Report of the Bombay Plague Committee
Disease focus: Plague
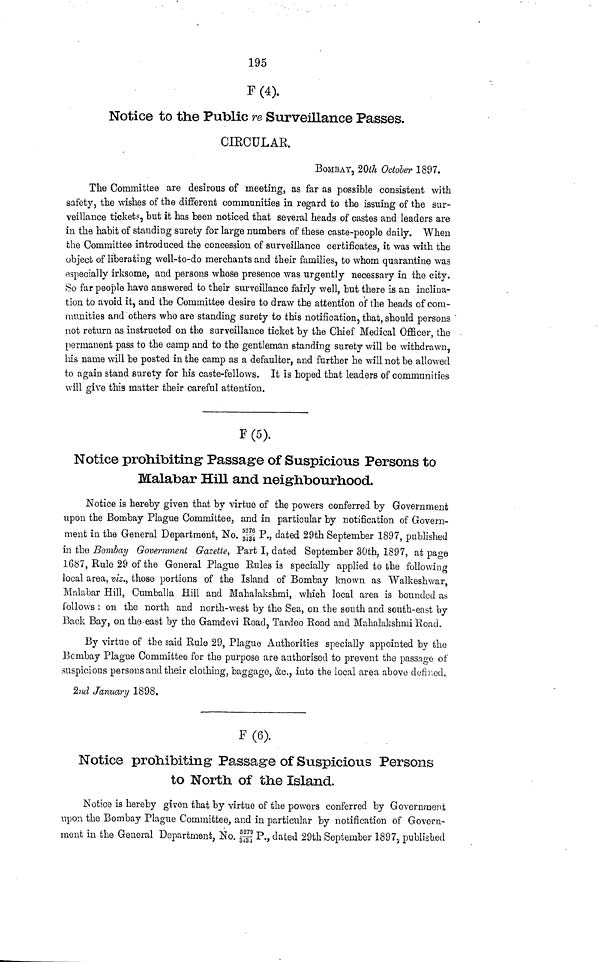
195
F(4).
Notice to the Public re Surveillance Passes.
CIRCULAR.
BOMBAY, 20th October 1897.
The Committee are desirous of meeting, as far as possible consistent with
safety, the wishes of the different communities in regard to the issuing of the sur-
veillance tickets, but it has been noticed that several heads of castes and leaders are
in the habit of standing surety for large numbers of these caste-people daily. When
the Committee introduced the concession of surveillance certificates, it was with the
object of liberating well-to-do merchants and their families, to whom quarantine was
especially irksome, and persons whose presence was urgently necessary in the city.
Oo far people have answered to their surveillance fairly well, but there is an inclina-
tion to avoid it, and the Committee desire to draw the attention of the heads of com-
munities and others who are standing surety to this notification, that, should persons
not return as instructed on the surveillance ticket by the Chief Medical Officer, the
permanent pass to the camp and to the gentleman standing surety will be withdrawn,
his name will be posted in the camp as a defaulter, and further he will not be allowed
to again stand surety for his caste-fellows. It is hoped that leaders of communities
will give this matter their careful attention.
F(6).
Notice prohibiting Passage of Suspicious Persons to
Malabar Hill and neighbourhood.
Notice is hereby given that by virtue of the powers conferred by Government
upon the Bombay Plague Committee, and in particular by notification of Govern-
ment in the General Department, No.5276/3434 P., dated 29th September 1897, published
in the Bombay Government Gazette, Part I, dated September 30th, 1897, at page
1687, Rule 29 of the General Plague Kules is specially applied to the following
local area, viz., those portions of the Island of Bombay known as Walkeshwar,
Malabar Hill, Cumballa Hill and Mahalakshmi, which local area is bounded as
follows : on the north and north-west by the Sea, on the south and south-east by
Back Bay, on the·east by the Gamdevi Road, Tardeo Road and Mahalakshmi Road.
By virtue of the said Rule 29, Plague Authorities specially appointed by the
Bombay Plague Committee for the purpose are authorised to prevent the passage- of
suspicious persons and their clothing, baggage, &c., into the local area above defined,
2nd January 1898.
F(6).
Notice prohibiting Passage of Suspicious Persons
to North of the Island.
Notice is hereby given that by virtue of the powers conferred by Government
upon the Bombay Plague Committee, and in particular by notification of Govern-
ment in the General Department, No. 5279/3434 P., dated 29th September 1897, published